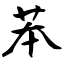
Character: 苯